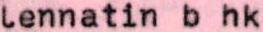
lennatin b hk